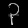
Digit: ၃